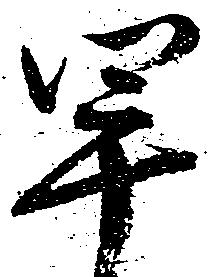
早